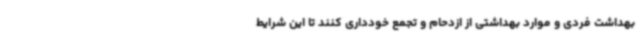
بهداشت فردی و موارد بهداشتی از ازدحام و تجمع خودداری کنند تا این شرایط